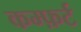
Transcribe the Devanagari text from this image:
कम्फ़र्ट